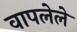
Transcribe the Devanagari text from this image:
वापलेले